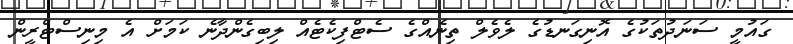
ގައުމީ ސަނަދުތަކުގެ އޮނިގަނޑުގެ ލެވެލް ތިނެއްގެ ސެޓްފިކެޓެއް ލިބިގެންދާނެ ކަމަށް އެ މިނިސްޓްރީން